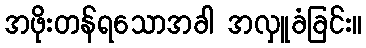
အဖိုးတန်ရသောအခါ အလှူခံခြင်း။